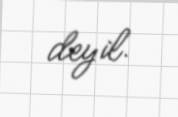
deyil.